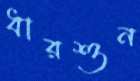
ধারশুন